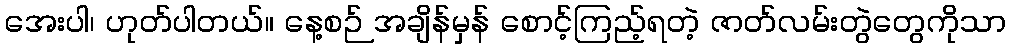
အေးပါ၊ ဟုတ်ပါတယ်။ နေ့စဉ် အချိန်မှန် စောင့်ကြည့်ရတဲ့ ဇာတ်လမ်းတွဲတွေကိုသာ